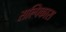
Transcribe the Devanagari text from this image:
सल्पिकास